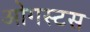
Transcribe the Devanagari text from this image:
ओगस्टस